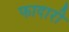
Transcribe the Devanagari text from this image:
फादारी